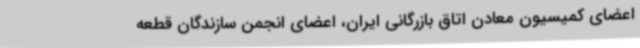
اعضای کمیسیون معادن اتاق بازرگانی ایران، اعضای انجمن سازندگان قطعه